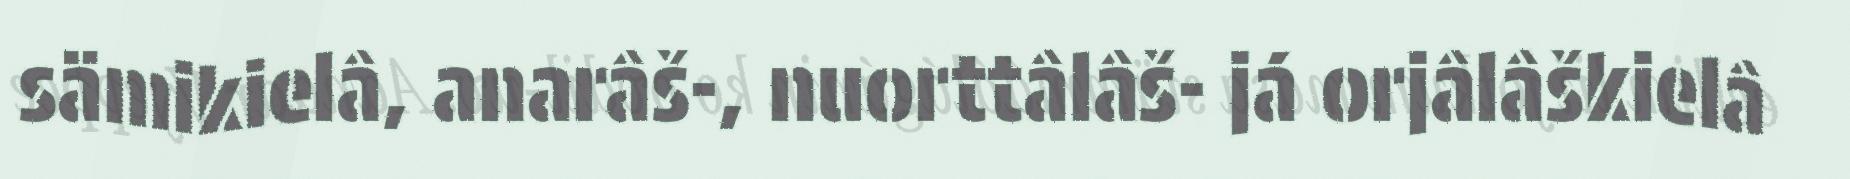
sämikielâ, anarâš-, nuorttâlâš- já orjâlâškielâ